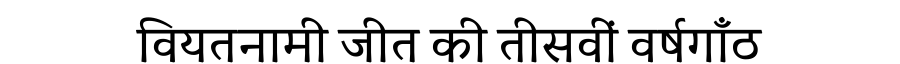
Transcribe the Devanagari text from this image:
वियतनामी जीत की तीसवीं वर्षगाँठ